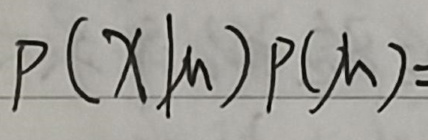
\[P(X|m)P(m)=\]